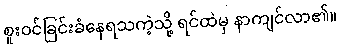
စူးဝင်ခြင်းခံနေရသကဲ့သို့ ရင်ထဲမှ နာကျင်လာ၏။